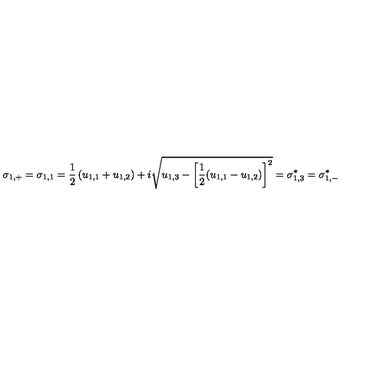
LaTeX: \sigma _ { 1 , + } = \sigma _ { 1 , 1 } = \frac { 1 } { 2 } \left( u _ { 1 , 1 } + u _ { 1 , 2 } \right) + i \sqrt { u _ { 1 , 3 } - \left[ \frac { 1 } { 2 } ( u _ { 1 , 1 } - u _ { 1 , 2 } ) \right] ^ { 2 } } = \sigma _ { 1 , 3 } ^ { * } = \sigma _ { 1 , - } ^ { * }